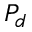
P _ { d }